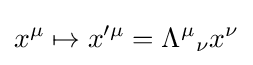
x^{\mu }\mapsto x^{\prime \mu }={\Lambda ^{\mu }}_{\nu }x^{\nu }